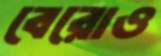
বেরোও